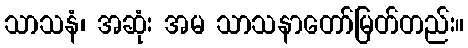
သာသနံ၊ အဆုံး အမ သာသနာတော်မြတ်တည်း။